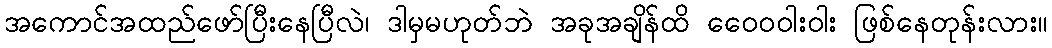
အကောင်အထည်ဖော်ပြီးနေပြီလဲ၊ ဒါမှမဟုတ်ဘဲ အခုအချိန်ထိ ဝေေ၀ဝါးဝါး ဖြစ်နေတုန်းလား။